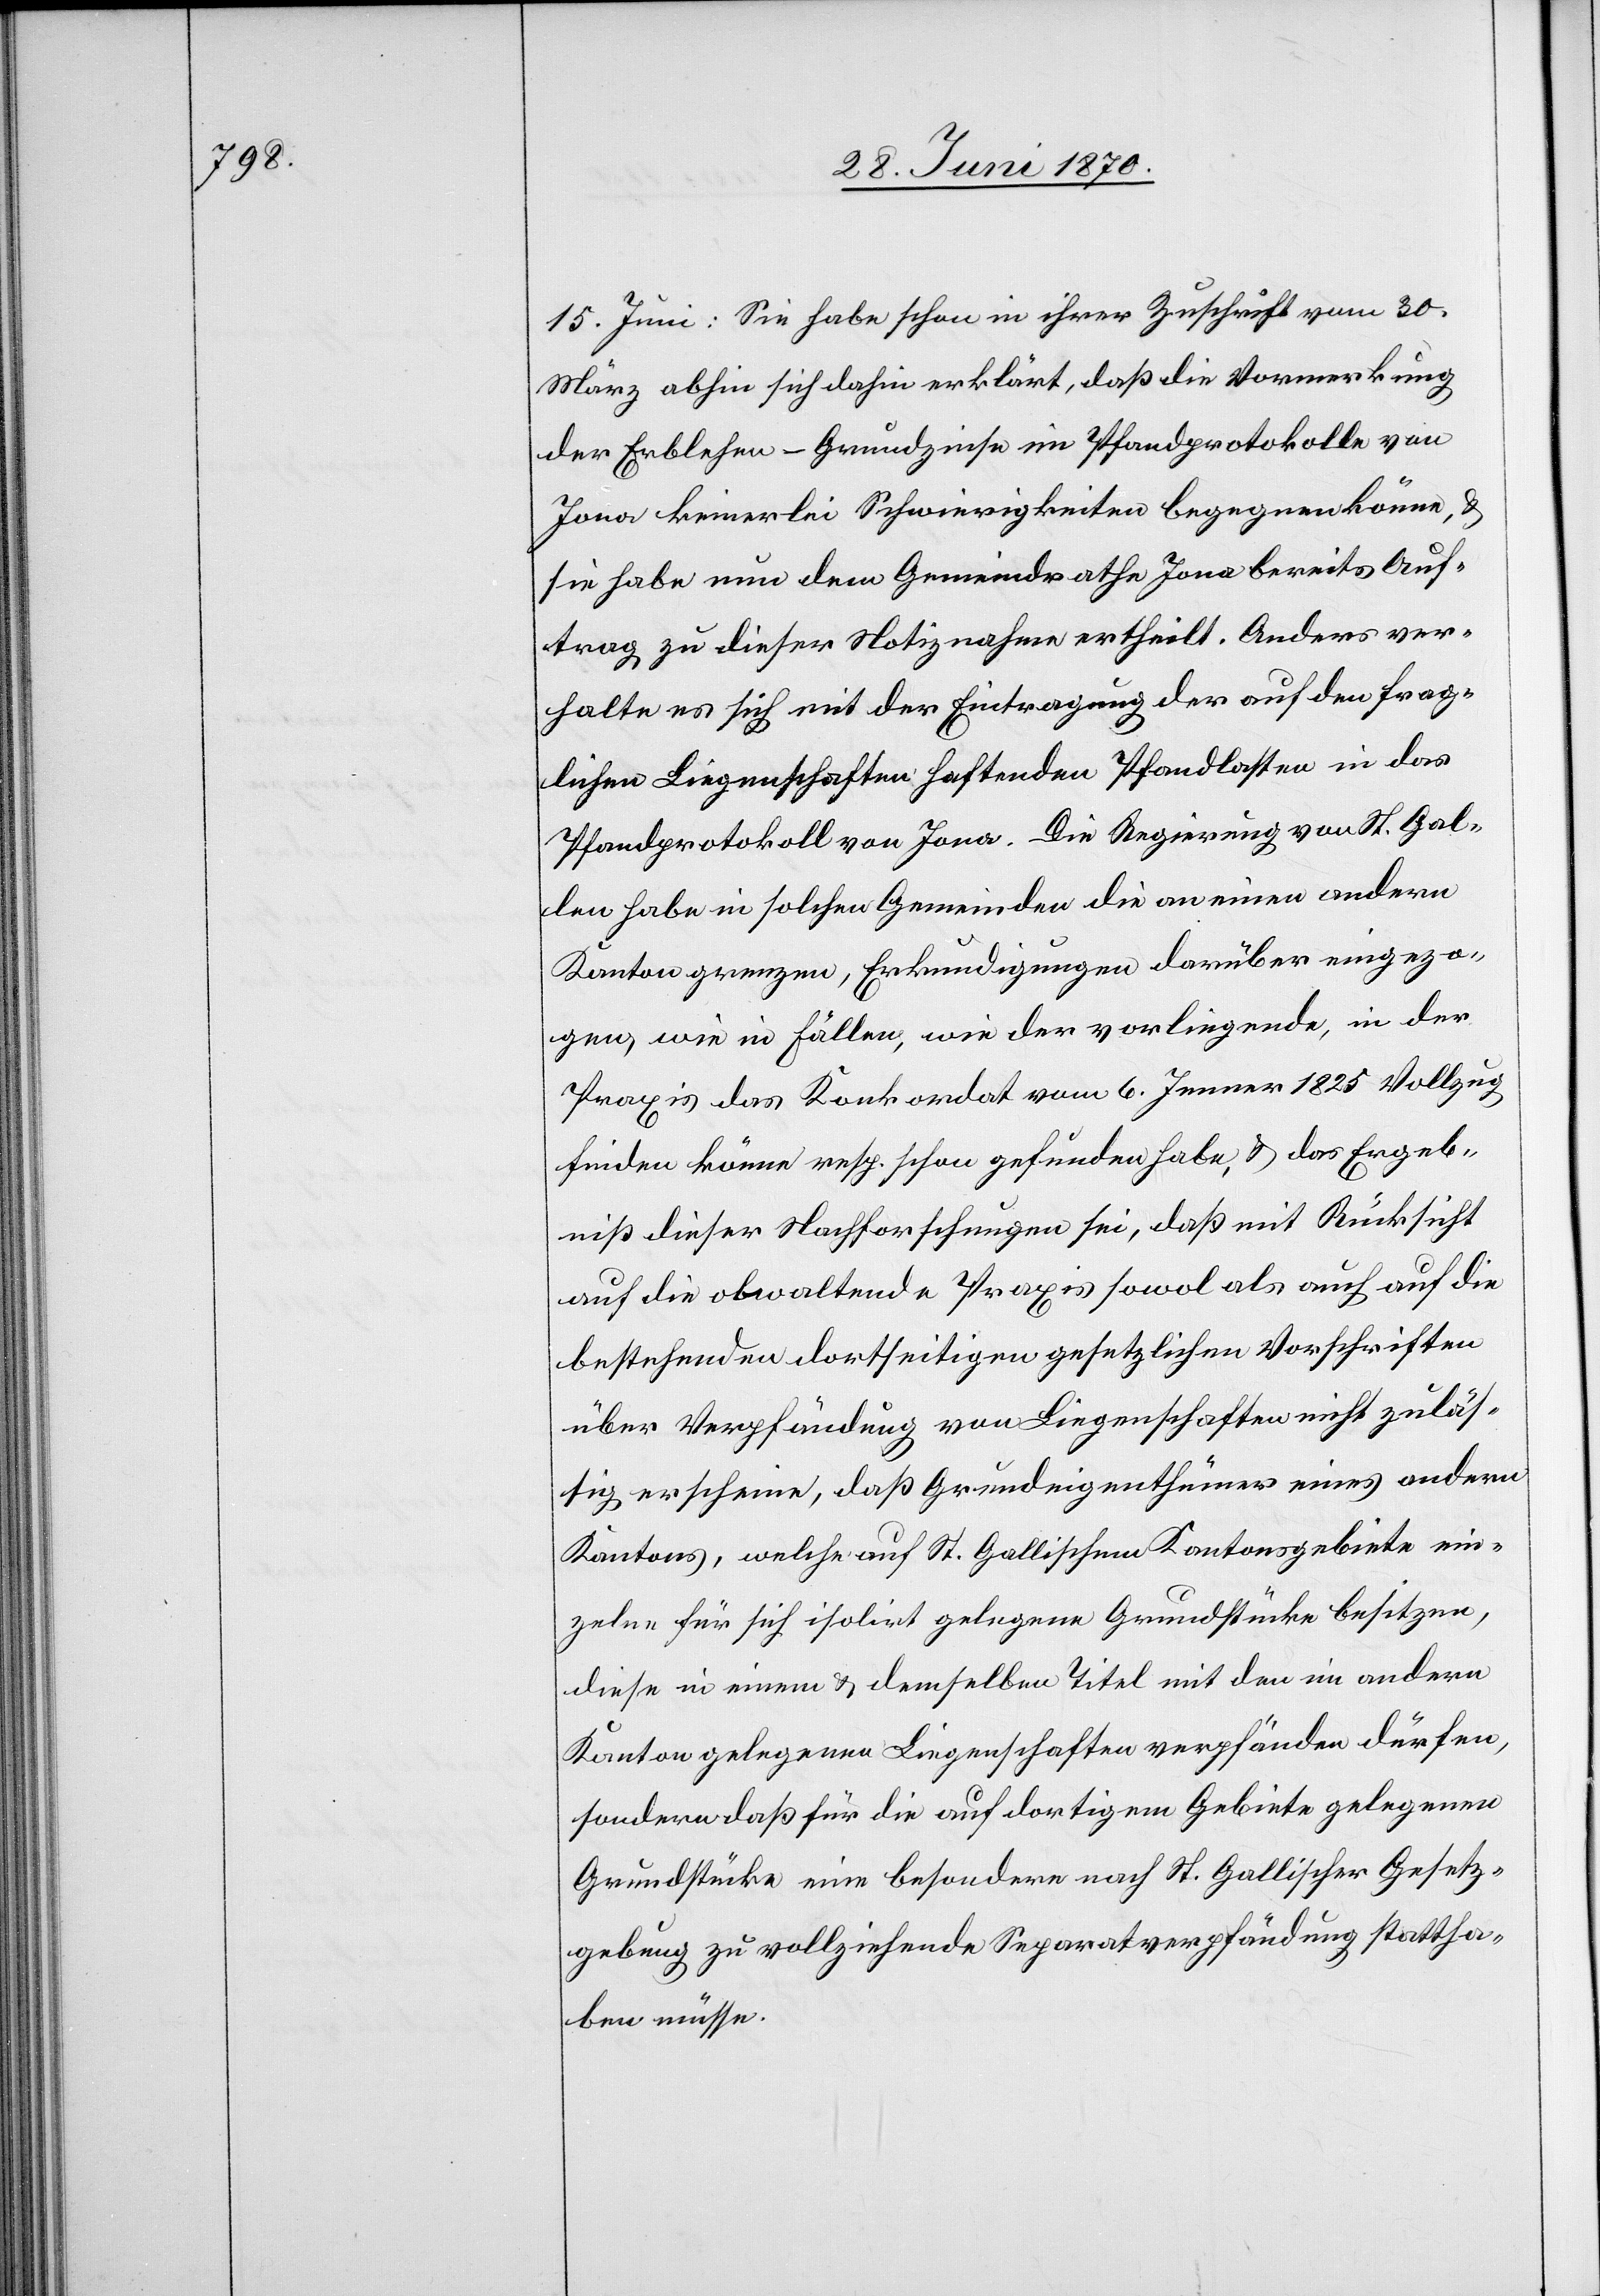
15. Juni: Sie habe schon in ihrer Zuschrift vom 30.
März abhin sich dahin erklärt, daß die Vormerkung
der Erblehen-Grundzinse im Pfandprotokolle von
Jona keinerlei Schwierigkeiten begegnen könne, &
sie habe nun dem Gemeindrathe Jona bereits Auf¬
trag zu dieser Notiznahme ertheilt. Anders ver¬
halte es sich mit der Eintragung der auf den frag¬
lichen Liegenschaften haftenden Pfandlasten in das
Pfandprotokoll von Jona. Die Regierung von St. Gal¬
len habe in solchen Gemeinden die an einen andern
Kanton grenzen, Erkundigungen darüber eingezo¬
gen, wie in Fällen, wie der vorliegende, in der
Praxis das Konkordat vom 6. Jenner 1825 Vollzug
finden könne resp. schon gefunden habe, & das Ergeb¬
niß dieser Nachforschungen sei, daß mit Rücksicht
auf die obwaltende Praxis sowol als auch auf die
bestehenden dortseitigen gesetzlichen Vorschriften
über Verpfändung von Liegenschaften nicht zuläs¬
sig erschiene, daß Grundeigenthümer eines andern
Kantons, welche auf St. Gallischem Kantonsgebiete ein¬
zelne für sich isolirt gelegene Grundstücke besitzen,
diese in einem & demselben Titel mit dem im andern
Kanton gelegenen Liegenschaften verpfänden dürfen,
sondern daß für die auf dortigem Gebiete gelegenen
Grundstücke eine besondere nach St. Gallischer Gesetz¬
gebung zu vollziehende Separatverpfändung stattha¬
ben müsse.